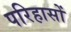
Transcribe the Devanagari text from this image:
परिहासों